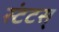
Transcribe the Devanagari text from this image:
स्टंटस्